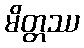
မိတ္တဿ